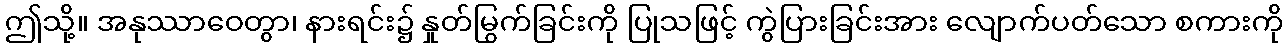
ဤသို့။ အနုဿာဝေတွာ၊ နားရင်း၌ နှုတ်မြွက်ခြင်းကို ပြုသဖြင့် ကွဲပြားခြင်းအား လျောက်ပတ်သော စကားကို